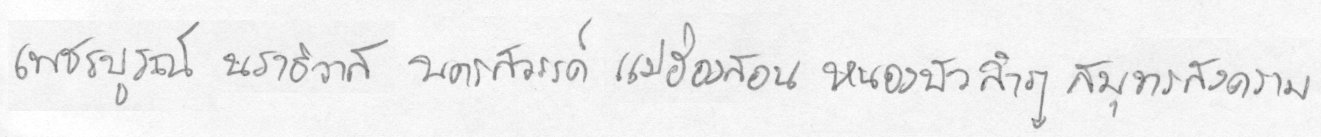
เพชรบรูณ์นราธิวาสนครสววรรค์แม่ฮ่องสอนหนองบัวลำภูสมุทรสงคราม